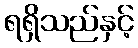
ရရှိသည်နှင့်